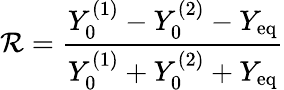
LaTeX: \mathcal{R}=\frac{{Y_{0}^{(1)}-Y_{0}^{(2)}-Y_{\mathrm{{eq}}}}}{{Y_{0}^{(1)}+Y_{0}^{(2)}+Y_{\mathrm{{eq}}}}}